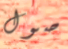
صول